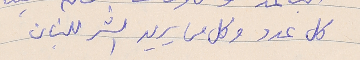
كل عدو وكل من يريد الشر للبنان